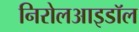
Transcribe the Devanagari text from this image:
निरोलआइडॉल